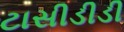
ટાસીડીડી